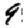
Digit: 9